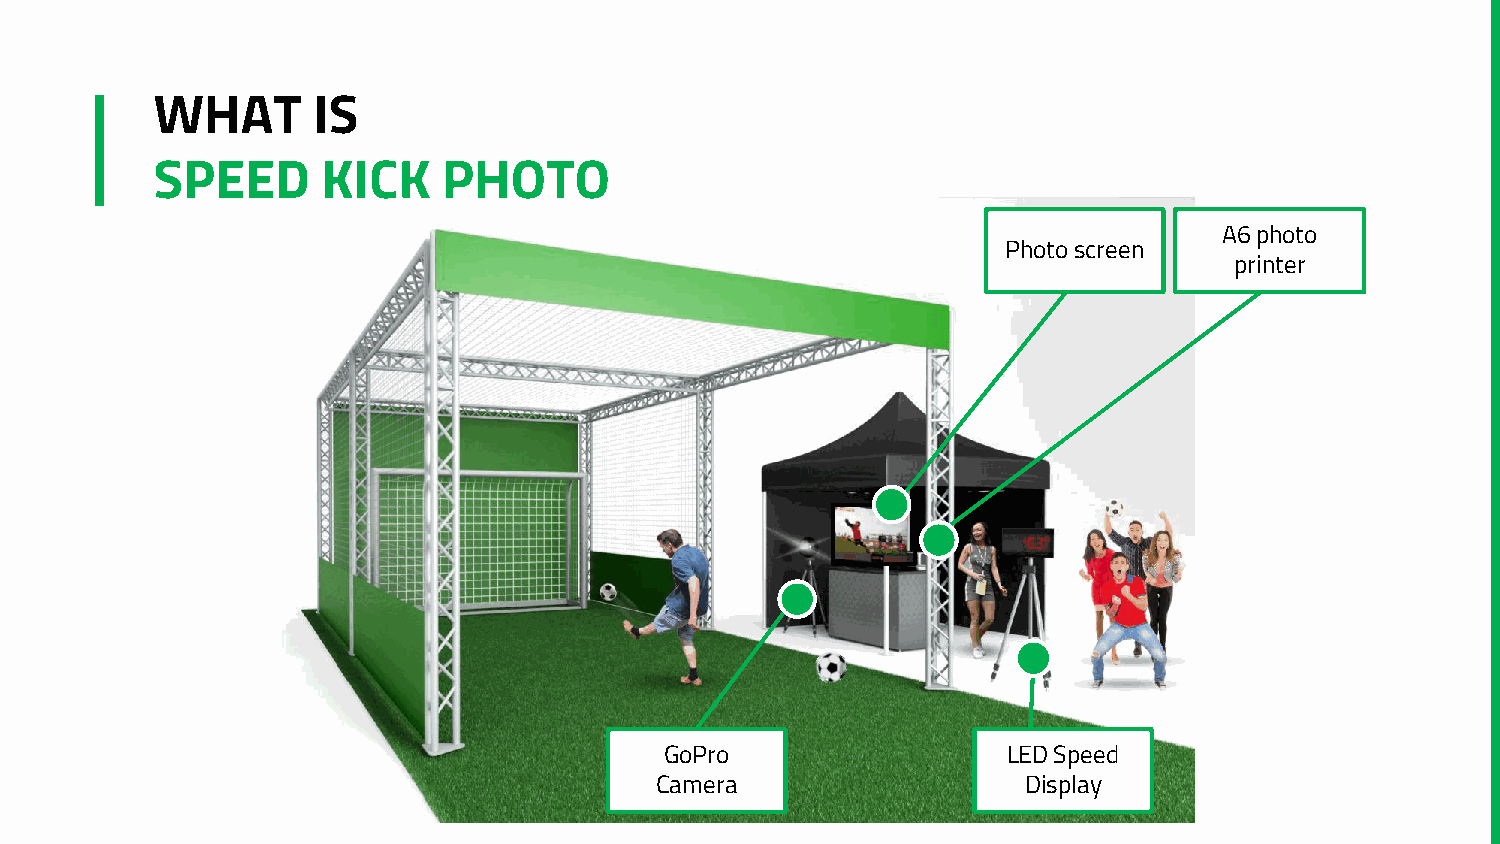
WHAT       IS
 SPEED      KICK    PHOTO
 A6 photo
 Photo screen
 printer
 GoPro                  LED Speed
 Camera                   Display